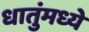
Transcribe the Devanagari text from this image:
धातुंमध्ये